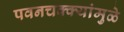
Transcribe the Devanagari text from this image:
पवनचक्‍क्‍यांमुळे